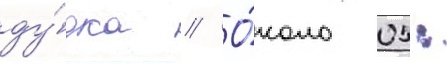
ду́дка // О́коло 05: